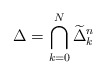
\begin{align*}\Delta=\bigcap_{k=0}^N \widetilde{\Delta}^n_k\end{align*}